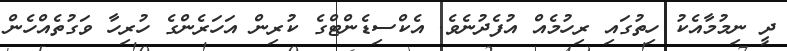
ދީ ނިމުމާއެކު ހިތުގައި ރިހުމެއް އުފެދުނެވެ. އެކްސިޑެންޓްގެ ކުރިން އަހަރެންގެ ހުރިހާ ވަގުތެއްހެން